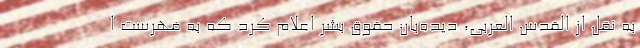
به نقل از القدس العربی، دیده‌بان حقوق بشر اعلام کرد که به فهرست ا